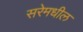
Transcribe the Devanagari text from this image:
सरेमधील